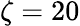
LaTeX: \zeta=20